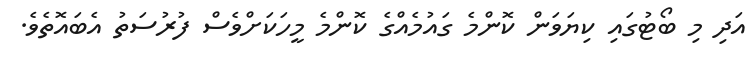
އަދި މި ބޯޓުގައި ކިޔަވަން ކޮންމެ ގައުމެއްގެ ކޮންމެ މީހަކަށްވެސް ފުރުސަތު އެބައޮތެވެ.